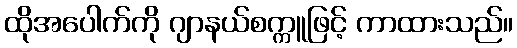
ထိုအပေါက်ကို ဂျာနယ်စက္ကူဖြင့် ကာထားသည်။